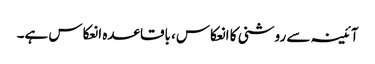
آئینہ سے روشنی کا انعکاس، باقاعدہ انعکاس ہے۔